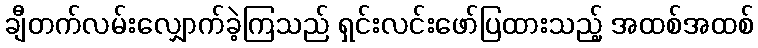
ချီတက်လမ်းလျှောက်ခဲ့ကြသည် ရှင်းလင်းဖော်ပြထားသည့် အထစ်အထစ်